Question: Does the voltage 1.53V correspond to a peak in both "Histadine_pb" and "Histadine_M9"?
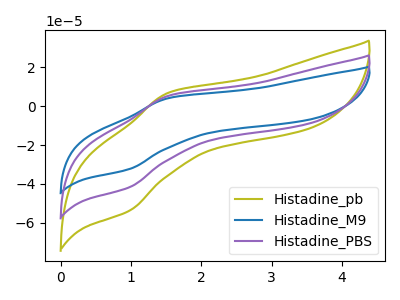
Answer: <think>The olive curve "Histadine_pb" has an anodic peak at (1.55V, 6.95uA) and a cathodic peak at (1.00V, -53.85uA). The blue curve "Histadine_M9" has an anodic peak at (1.55V, 10.75uA) and a cathodic peak at (1.00V, -83.50uA). The purple curve "Histadine_PBS" has an anodic peak at (1.55V, 5.35uA) and a cathodic peak at (1.00V, -41.75uA).</think>
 <answer>Yes, "Histadine_pb" and "Histadine_M9" share a peak at 1.53V.</answer>
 <eval>match</eval>